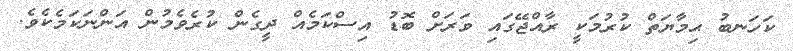
ކަހަނބު ޙިމާޔަތް ކުރުމަކީ ރާއްޖޭގައި ވަރަށް ބޮޑު އިސްކަމެއް ދީގެން ކުރެވެމުން އަންނަކަމެކެވެ.